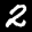
Label: 2